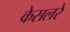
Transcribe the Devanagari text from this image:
केसलरे